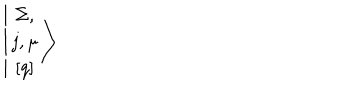
LaTeX: \left\vert \begin{array} { c } { { \Sigma , } } \\ { { j , \mu } } \\ { { \left[ q \right] } } \\ \end{array} \right>